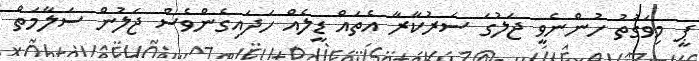
ޕީ މިވަގުތު ހުންނެވީ ޖަލުގަ ސަރުކާރާ އެތައް ޑީލެއް ހަދައިގެންވެސް ޖަލުން ސަލާމަތް